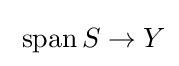
\;\operatorname {span} S\to Y